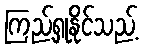
ကြည့်ရှုနိုင်သည့်